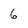
Character: 6